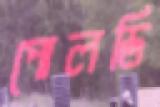
পোলডি